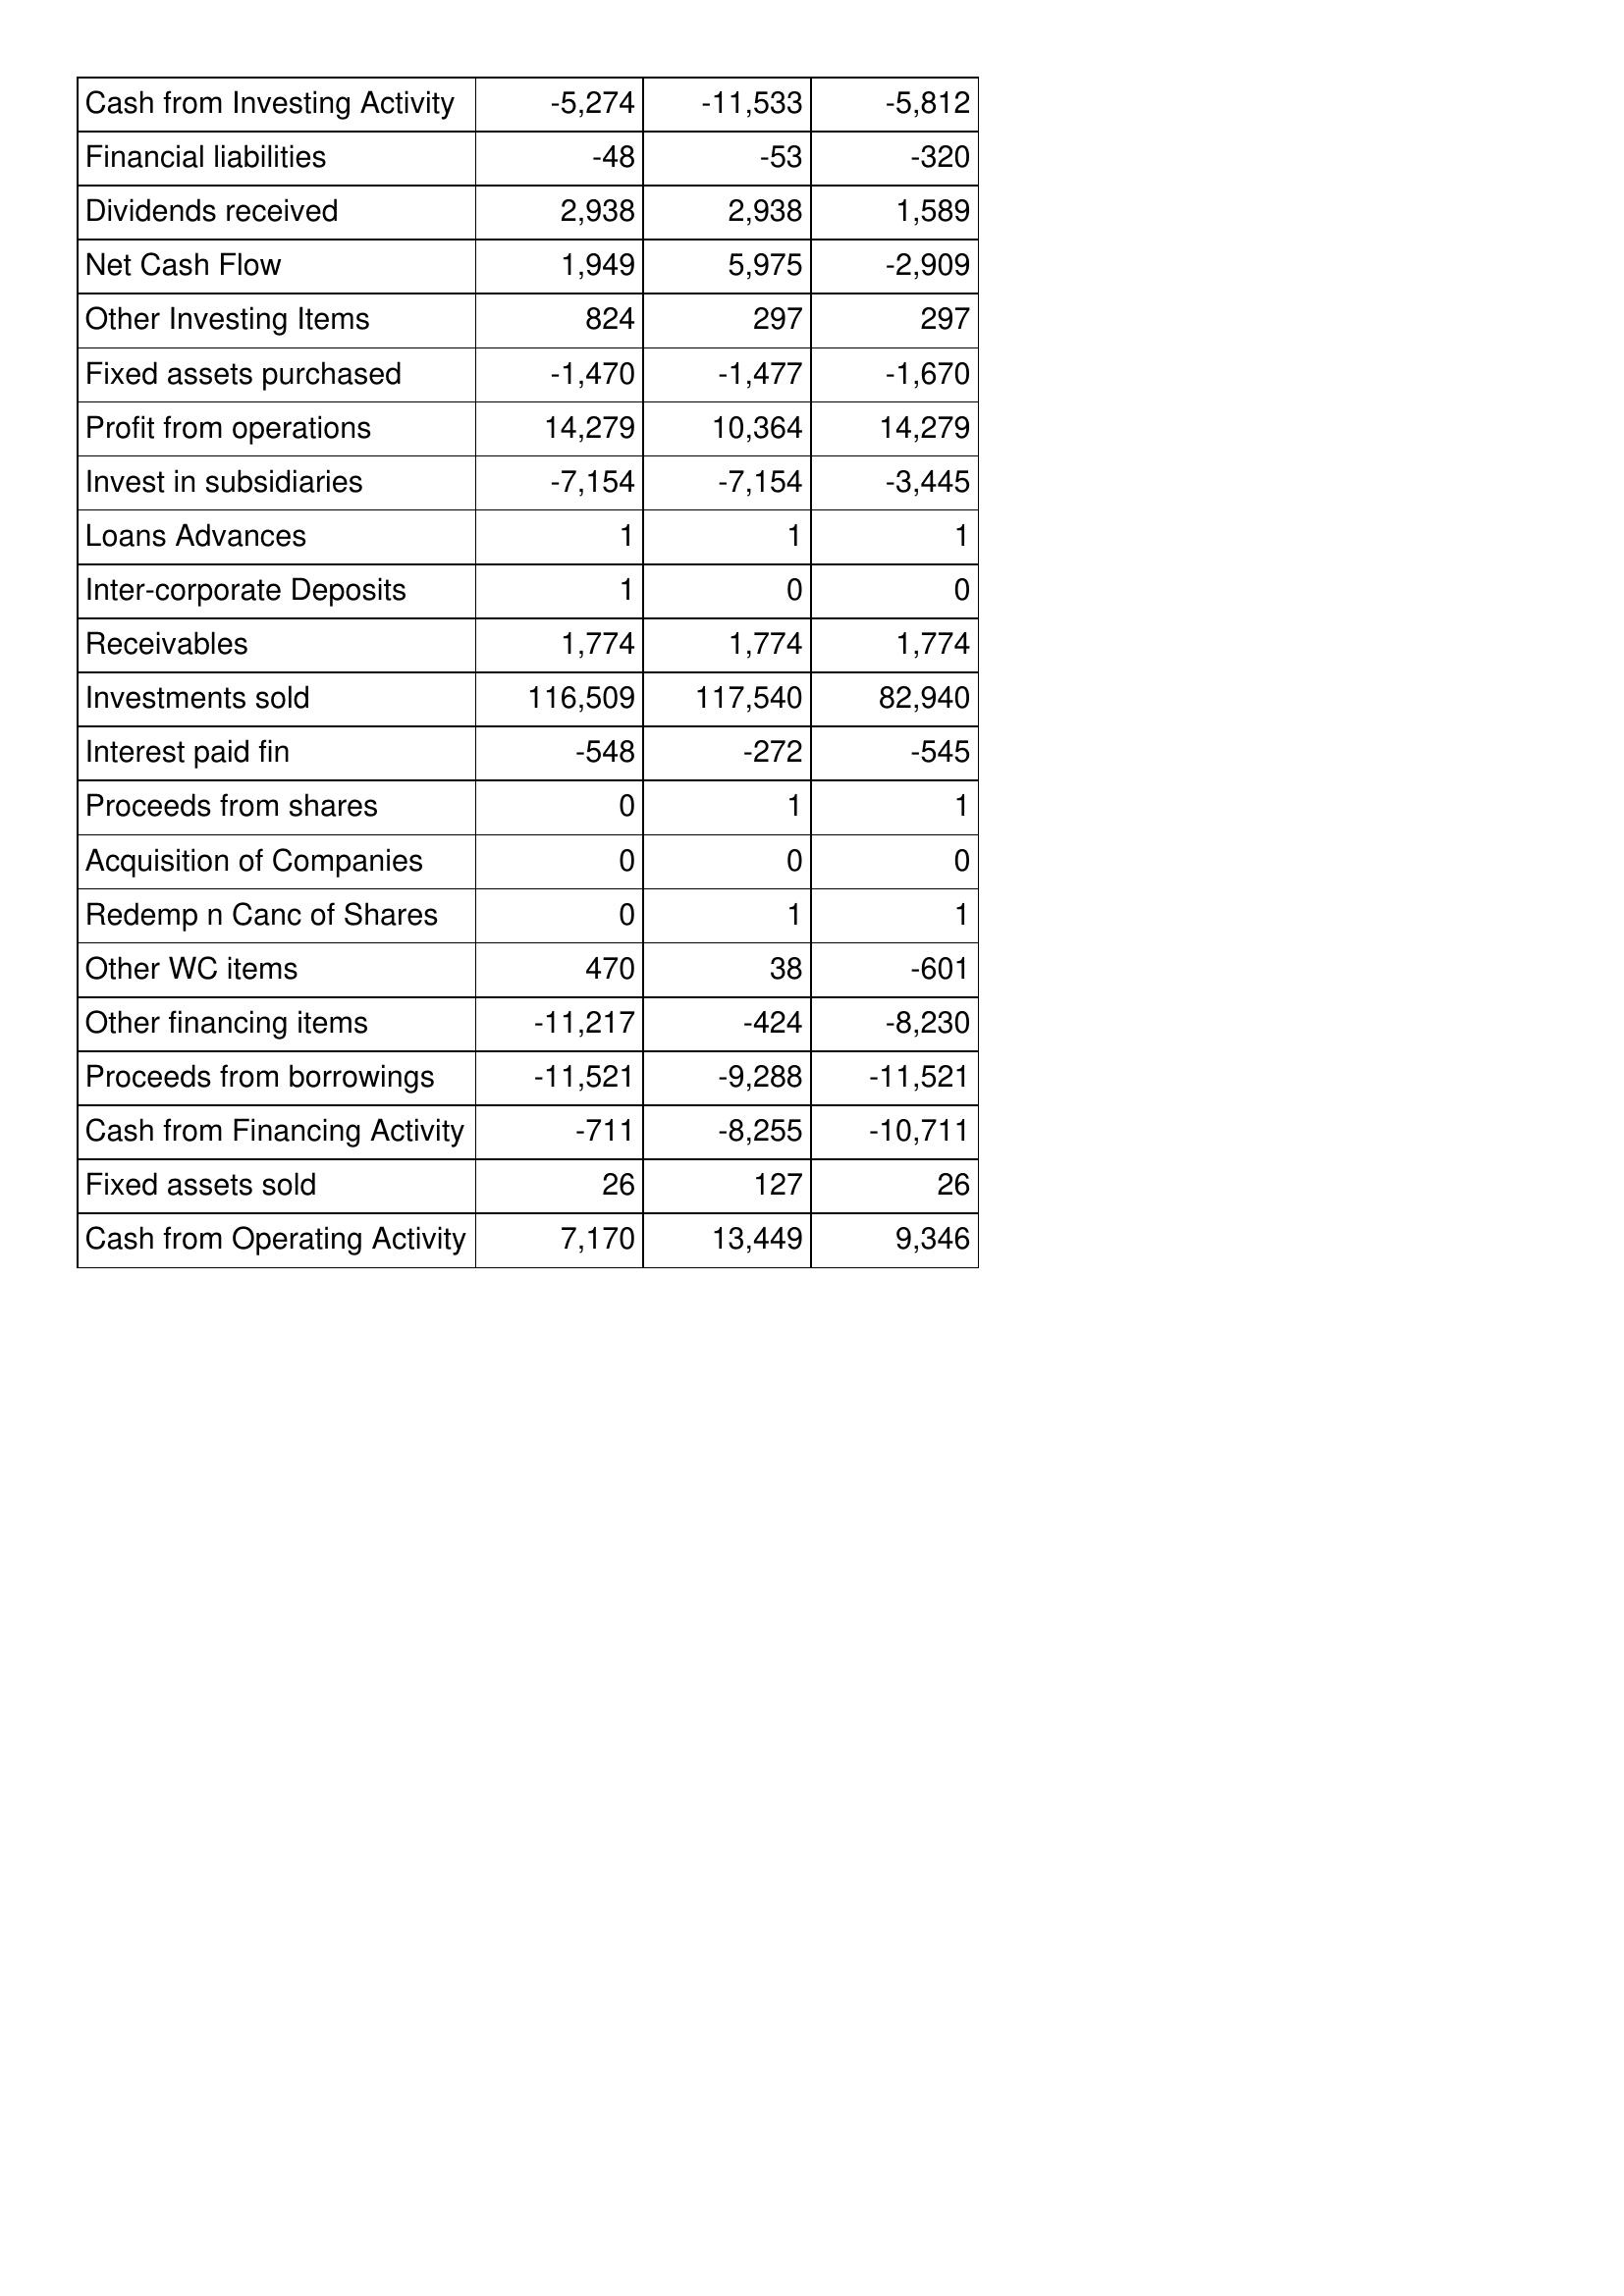
Feb-15: Cash Flows: Cash from Investing Activity: -5,274
Financial liabilities: -48
Dividends received: 2,938
Net Cash Flow: 1,949
Other Investing Items: 824
Fixed assets purchased: -1,470
Profit from operations: 14,279
Invest in subsidiaries: -7,154
Loans Advances: 1
Inter-corporate Deposits: 1
Receivables: 1,774
Investments sold: 116,509
Interest paid fin: -548
Proceeds from shares: 0
Acquisition of Companies: 0
Redemp n Canc of Shares: 0
Other WC items: 470
Other financing items: -11,217
Proceeds from borrowings: -11,521
Cash from Financing Activity: -711
Fixed assets sold: 26
Cash from Operating Activity: 7,170
Feb-14: Cash Flows: Cash from Investing Activity: -11,533
Financial liabilities: -53
Dividends received: 2,938
Net Cash Flow: 5,975
Other Investing Items: 297
Fixed assets purchased: -1,477
Profit from operations: 10,364
Invest in subsidiaries: -7,154
Loans Advances: 1
Inter-corporate Deposits: 0
Receivables: 1,774
Investments sold: 117,540
Interest paid fin: -272
Proceeds from shares: 1
Acquisition of Companies: 0
Redemp n Canc of Shares: 1
Other WC items: 38
Other financing items: -424
Proceeds from borrowings: -9,288
Cash from Financing Activity: -8,255
Fixed assets sold: 127
Cash from Operating Activity: 13,449
Feb-13: Cash Flows: Cash from Investing Activity: -5,812
Financial liabilities: -320
Dividends received: 1,589
Net Cash Flow: -2,909
Other Investing Items: 297
Fixed assets purchased: -1,670
Profit from operations: 14,279
Invest in subsidiaries: -3,445
Loans Advances: 1
Inter-corporate Deposits: 0
Receivables: 1,774
Investments sold: 82,940
Interest paid fin: -545
Proceeds from shares: 1
Acquisition of Companies: 0
Redemp n Canc of Shares: 1
Other WC items: -601
Other financing items: -8,230
Proceeds from borrowings: -11,521
Cash from Financing Activity: -10,711
Fixed assets sold: 26
Cash from Operating Activity: 9,346